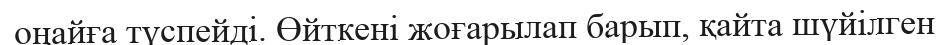
оңайға түспейді. Өйткені жоғарылап барып, қайта шүйілген